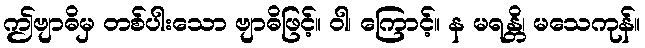
ဤဗျာဓိမှ တစ်ပါးသော ဗျာဓိဖြင့်။ ဝါ၊ ကြောင့်။ န မရန္တိ၊ မသေကုန်။